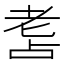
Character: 𦒾